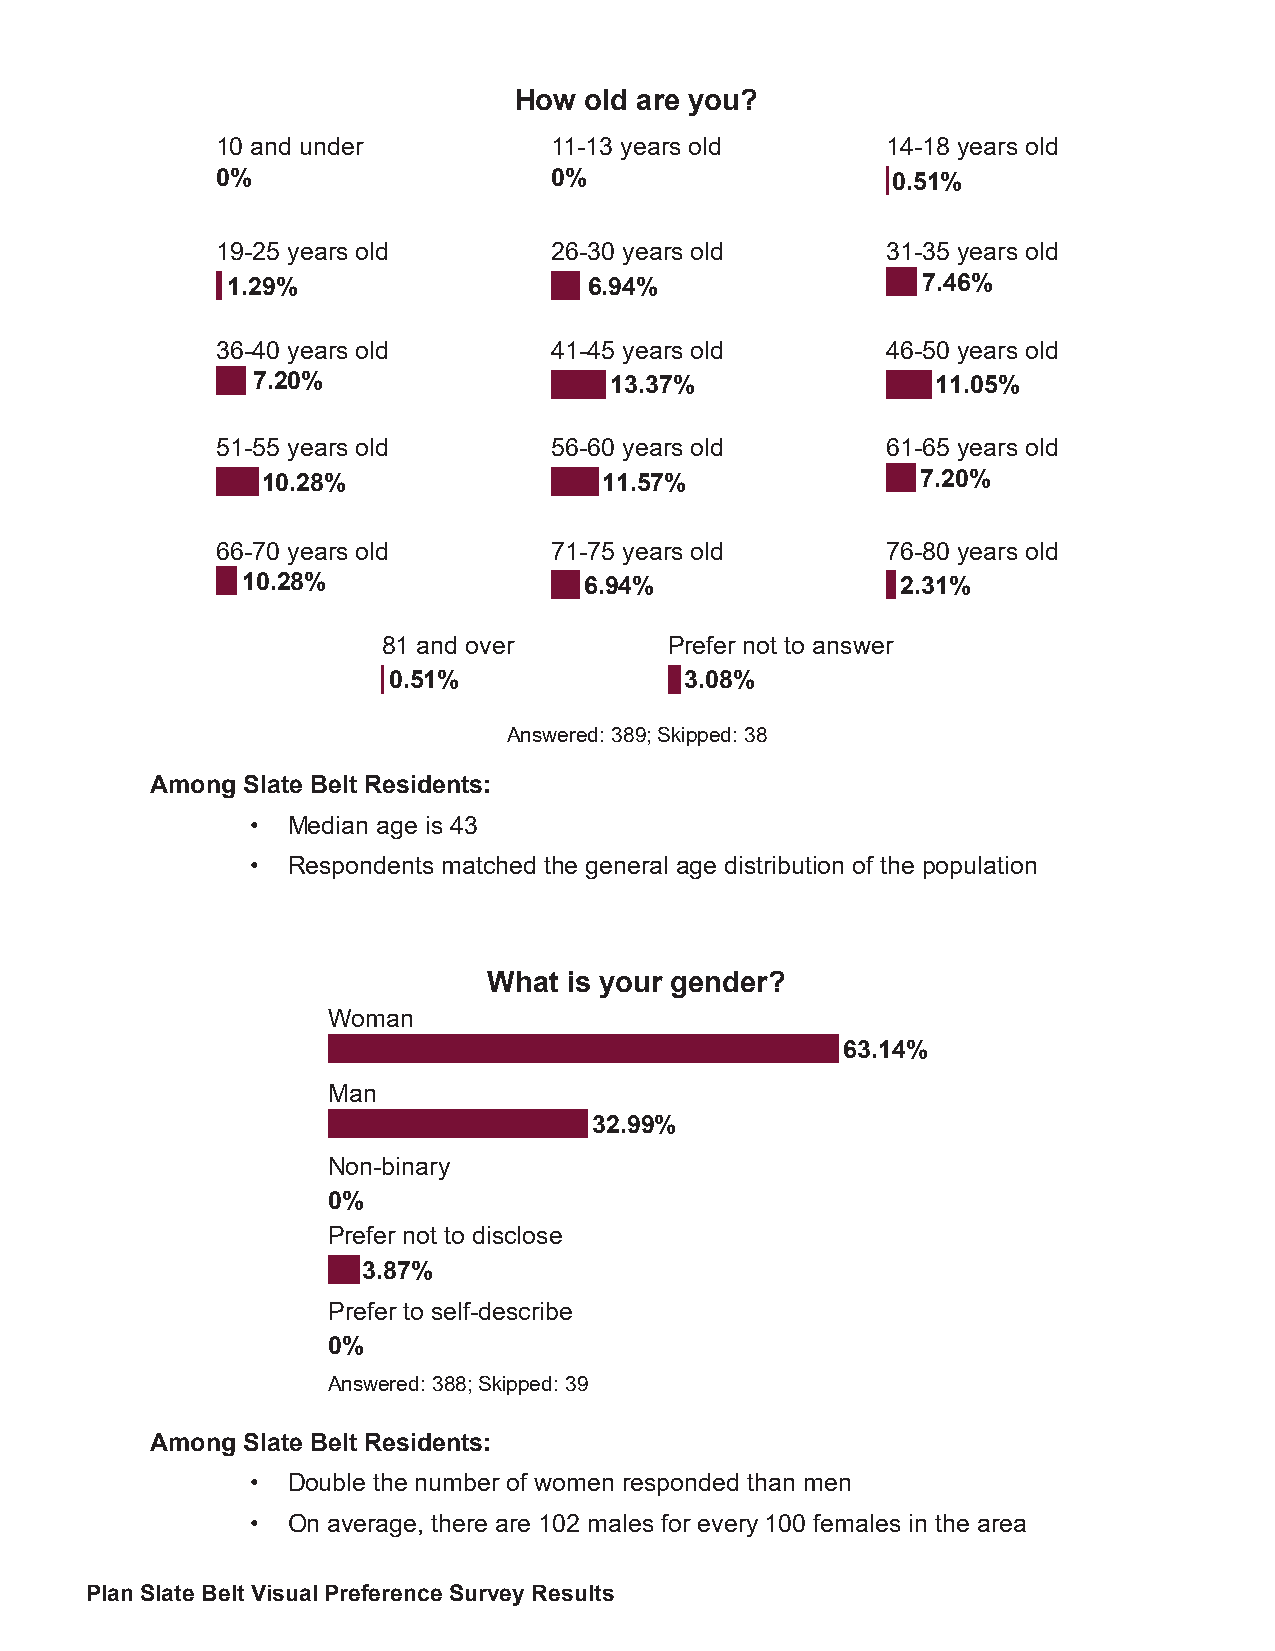
How  old are you?
 10 and under           11-13 years old       14-18 years old
 0%                     0%                    0.51%
 19-25 years old        26-30 years old       31-35 years old
 1.29%                   6.94%                 7.46%
 36-40 years old        41-45 years old       46-50 years old
 7.20%                  13.37%                11.05%
 51-55 years old        56-60 years old       61-65 years old
 10.28%                 11.57%               7.20%
 66-70 years old        71-75 years old       76-80 years old
 10.28%                 6.94%                2.31%
 81 and over        Prefer not to answer
 0.51%              3.08%
 Answered: 389; Skipped: 38
 Among Slate Belt Residents:
 • Median age is 43
 • Respondents matched the general age distribution of the population
 What  is your gender?
 Woman
 63.14%
 Man
 32.99%
 Non-binary
 0%
 Prefer not to disclose
 3.87%
 Prefer to self-describe
 0%
 Answered: 388; Skipped: 39
 Among Slate Belt Residents:
 • Double the number of women responded than men
 • On average, there are 102 males for every 100 females in the area
 Plan Slate Belt Visual Preference Survey Results